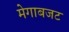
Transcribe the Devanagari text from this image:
मेगाबजट